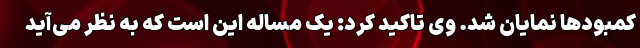
کمبودها نمایان شد. وی تاکید کرد: یک مساله این است که به نظر می‌آید